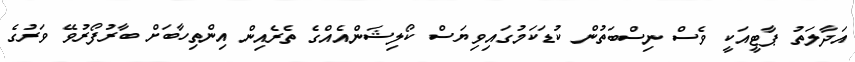
އަދާލަތު ޕާޓީއަކީ ވެސް ނިސްބަތުން ކުޑަކަމުގައިވިޔަސް ކޯލިޝަންއެއްގެ ތެރެއިން އިންތިހާބަށް ބާރުފޯރުވޭ ވަރުގެ